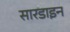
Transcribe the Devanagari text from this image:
सारडाइन